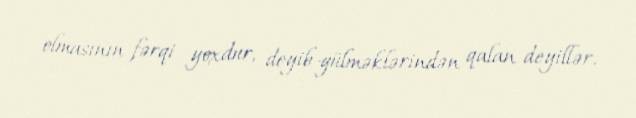
olmasının fərqi yoxdur, deyib-gülməklərindən qalan deyillər.